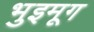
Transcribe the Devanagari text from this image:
भुइमूग